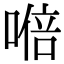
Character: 𭉩